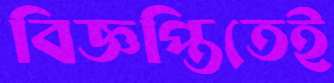
বিজ্ঞপ্তিতেই